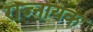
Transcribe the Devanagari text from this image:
राज्नायक